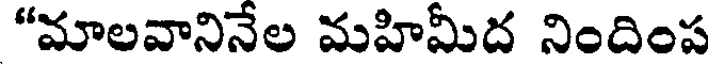
"మాలవానినేల మహిమీద నిందింప